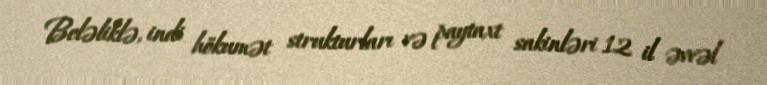
Beləliklə, indi hökumət strukturları və paytaxt sakinləri 12 il əvvəl